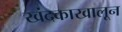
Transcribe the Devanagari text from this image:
खंदकाखालून